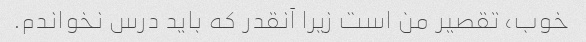
خوب، تقصیر من است زیرا آنقدر که باید درس نخواندم.